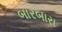
બારબારા